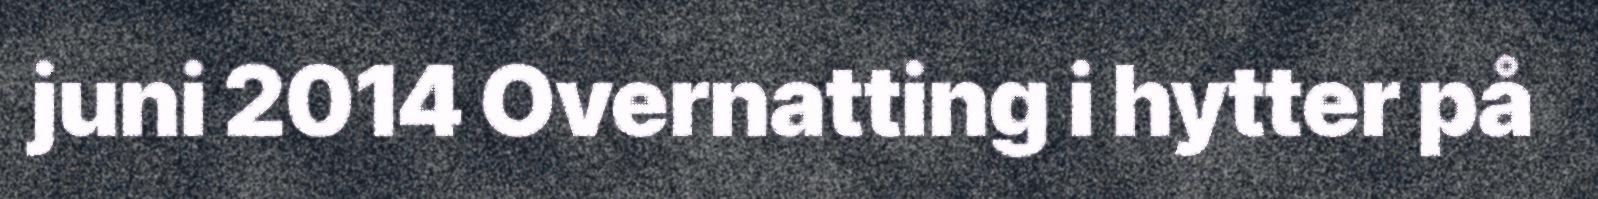
juni 2014 Overnatting i hytter på